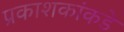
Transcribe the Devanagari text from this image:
प्रकाशकांकडे